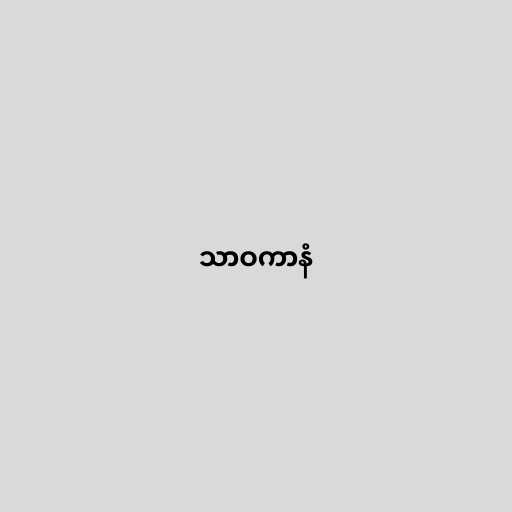
သာဝကာနံ